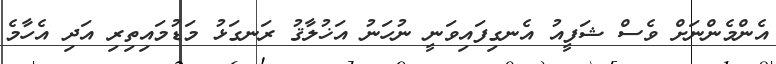
އެންމެންނަށް ވެސް ޝަފީއު އެނގިފައިވަނީ ނުހަނު އަޚުލާޤު ރަނގަޅު މަޑުމައިތިރި އަދި އެހާމެ